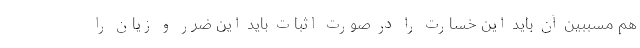
هم مسببین آن باید این خسارت را در صورت اثبات باید این ضرر و زیان را